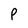
Character: P